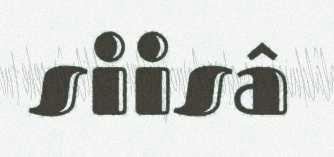
siisâ